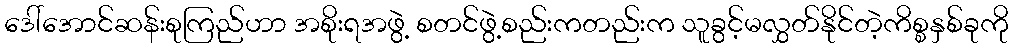
ဒေါ်အောင်ဆန်းစုကြည်ဟာ အစိုးရအဖွဲ့ စတင်ဖွဲ့စည်းကတည်းက သူခွင့်မလွှတ်နိုင်တဲ့ကိစ္စနှစ်ခုကို